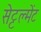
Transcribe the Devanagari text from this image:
सेट्टल्मेंट